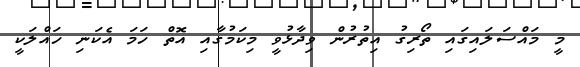
މީ މައްސަލައިގައި ތޯރިގު އިތުރުން ވިދާޅުވީ މިކަމުގާއި އޮތް ހަމަ އެކަނި ހައްލަކީ